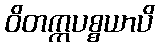
ဝိတက္ကပစ္စယာပိ